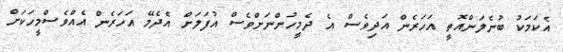
އެކަމަކު ބުނެލަންއޮތީ އަހަރެން އަދިވެސް އެ ދެމީހުންނަށްވެސް އުފަލަށް އެދެމޭ އަހަރެން އެއްވެސްމީހަކަށް